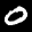
Label: 0